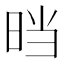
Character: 𰖂